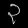
Digit: ၃